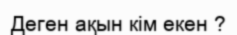
Деген ақын кім екен ?